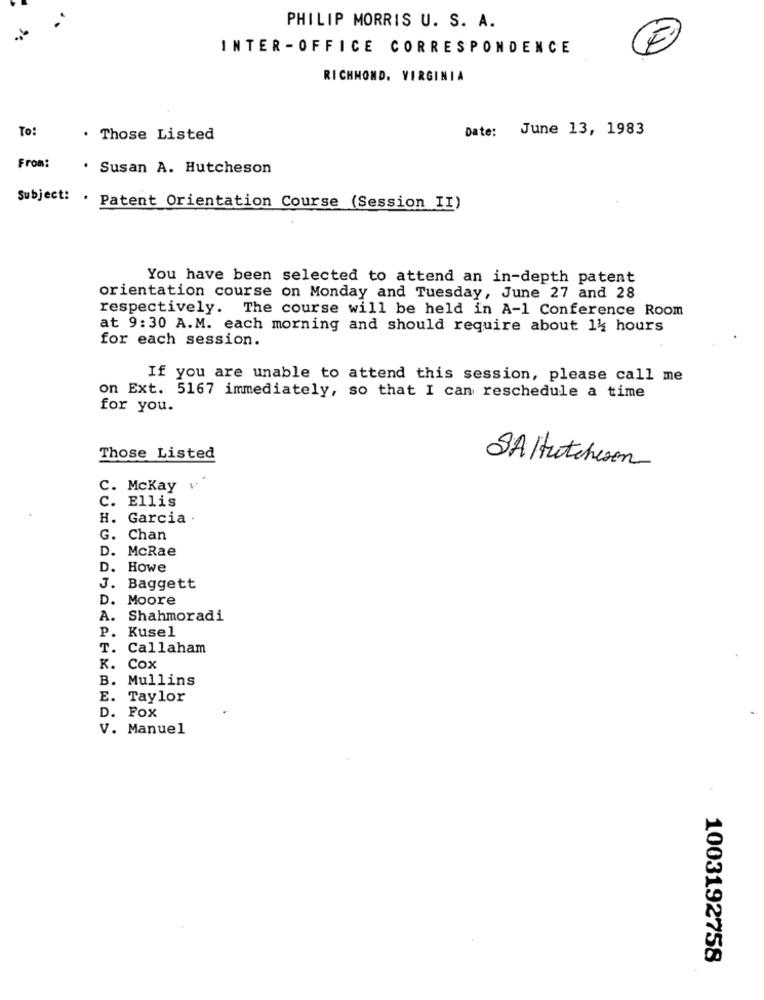
PHILIP MORRIS U. S. A.
INTER -OFFICE CORRESPONDENCE
E
RICHMOND, VIRGINIA
To:
Date: June 13, 1983
. Those Listed
From:
. Susan A. Hutcheson
Subject: . Patent Orientation Course (Session II)
You have been selected to attend an in-depth patent
orientation course on Monday and Tuesday, June 27 and 28
respectively. The course will be held in A-1 Conference Room
at 9:30 A.M. each morning and should require about 14 hours
for each session.
If you are unable to attend this session, please call me
on Ext. 5167 immediately, so that I can reschedule a time
for you.
Those Listed
SAHutchison
C. Mckay
c.
Ellis
Garcia .
G. Chan
D. McRae
D.
Howe
J. Baggett
D. Moore
A.
Shahmoradi
P.
Kusel
T. Callaham
K.
Cox
B.
Mullins
E.
Taylor
D .
Fox
V. Manuel
1003192758